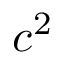
c ^ { 2 }